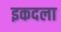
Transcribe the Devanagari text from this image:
इकदला